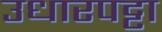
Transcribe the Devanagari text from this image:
उधारपट्टा